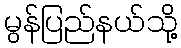
မွန်ပြည်နယ်သို့